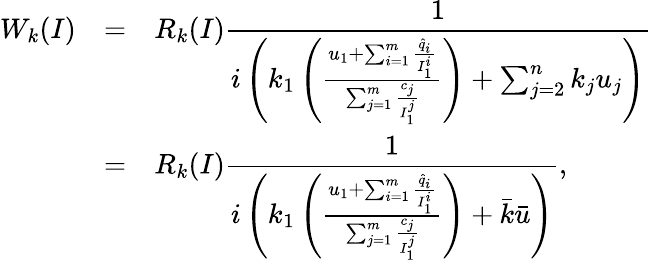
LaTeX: \begin{array}{rcl}{W_{k}(I)}&{=}&{\displaystyle R_{k}(I)\frac{1}{i\left(k_{1}\left(\frac{u_{1}+\sum_{i=1}^{m}\frac{\hat{q}_{i}}{I_{1}^{i}}}{\sum_{j=1}^{m}\frac{c_{j}}{I_{1}^{j}}}\right)+\sum_{j=2}^{n}k_{j}u_{j}\right)}}\\ &{=}&{\displaystyle R_{k}(I)\frac{1}{i\left(k_{1}\left(\frac{u_{1}+\sum_{i=1}^{m}\frac{\hat{q}_{i}}{I_{1}^{i}}}{\sum_{j=1}^{m}\frac{c_{j}}{I_{1}^{j}}}\right)+\bar{k}\bar{u}\right)},}\end{array}